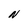
Character: N